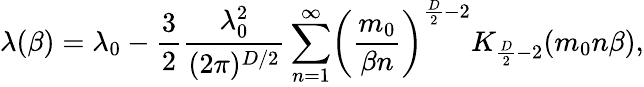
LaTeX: \lambda(\beta)=\lambda_{0}-\frac{3}{2}\frac{\lambda_{0}^{2}}{(2\pi)^{D/2}}\sum_{n=1}^{\infty}\biggl(\frac{m_{0}}{\beta n}\biggr)^{\frac{D}{2}-2}K_{\frac{D}{2}-2}(m_{0}n\beta),